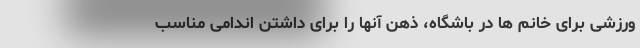
ورزشی برای خانم ها در باشگاه، ذهن آنها را برای داشتن اندامی مناسب